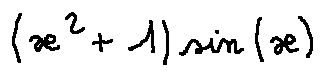
( x ^ { 2 } + 1 ) \sin ( x )